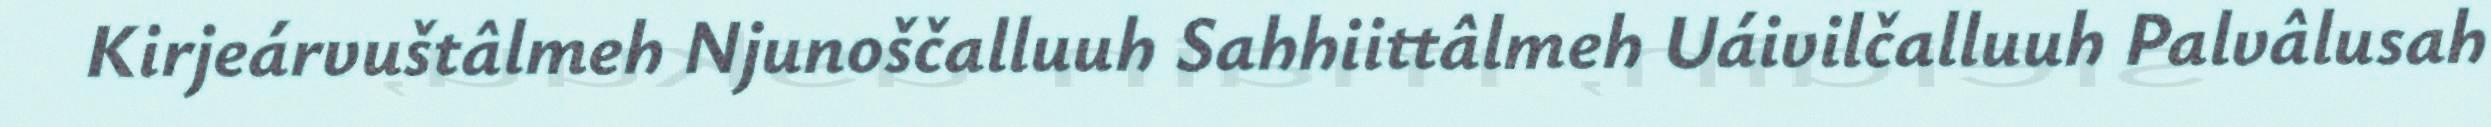
Kirjeárvuštâlmeh Njunoščalluuh Sahhiittâlmeh Uáivilčalluuh Palvâlusah